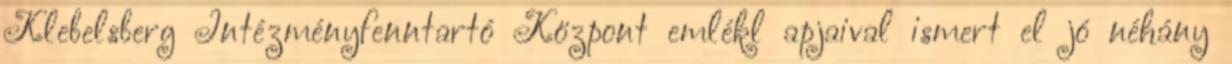
Klebelsberg Intézményfenntartó Központ emlékl apjaival ismert el jó néhány